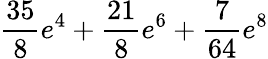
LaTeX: \frac{35}{8}e^{4}+\frac{21}{8}e^{6}+\frac{7}{64}e^{8}